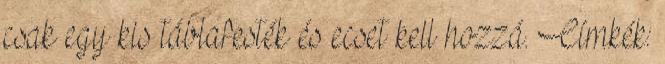
csak egy kis táblafesték és ecset kell hozzá. Címkék: